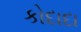
કોદાદા